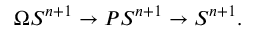
\Omega S ^ { n + 1 } \to P S ^ { n + 1 } \to S ^ { n + 1 } .